NAE_ERA_R-1765_ENSV_Kirjanike_Liit_1945-1955, lk 14
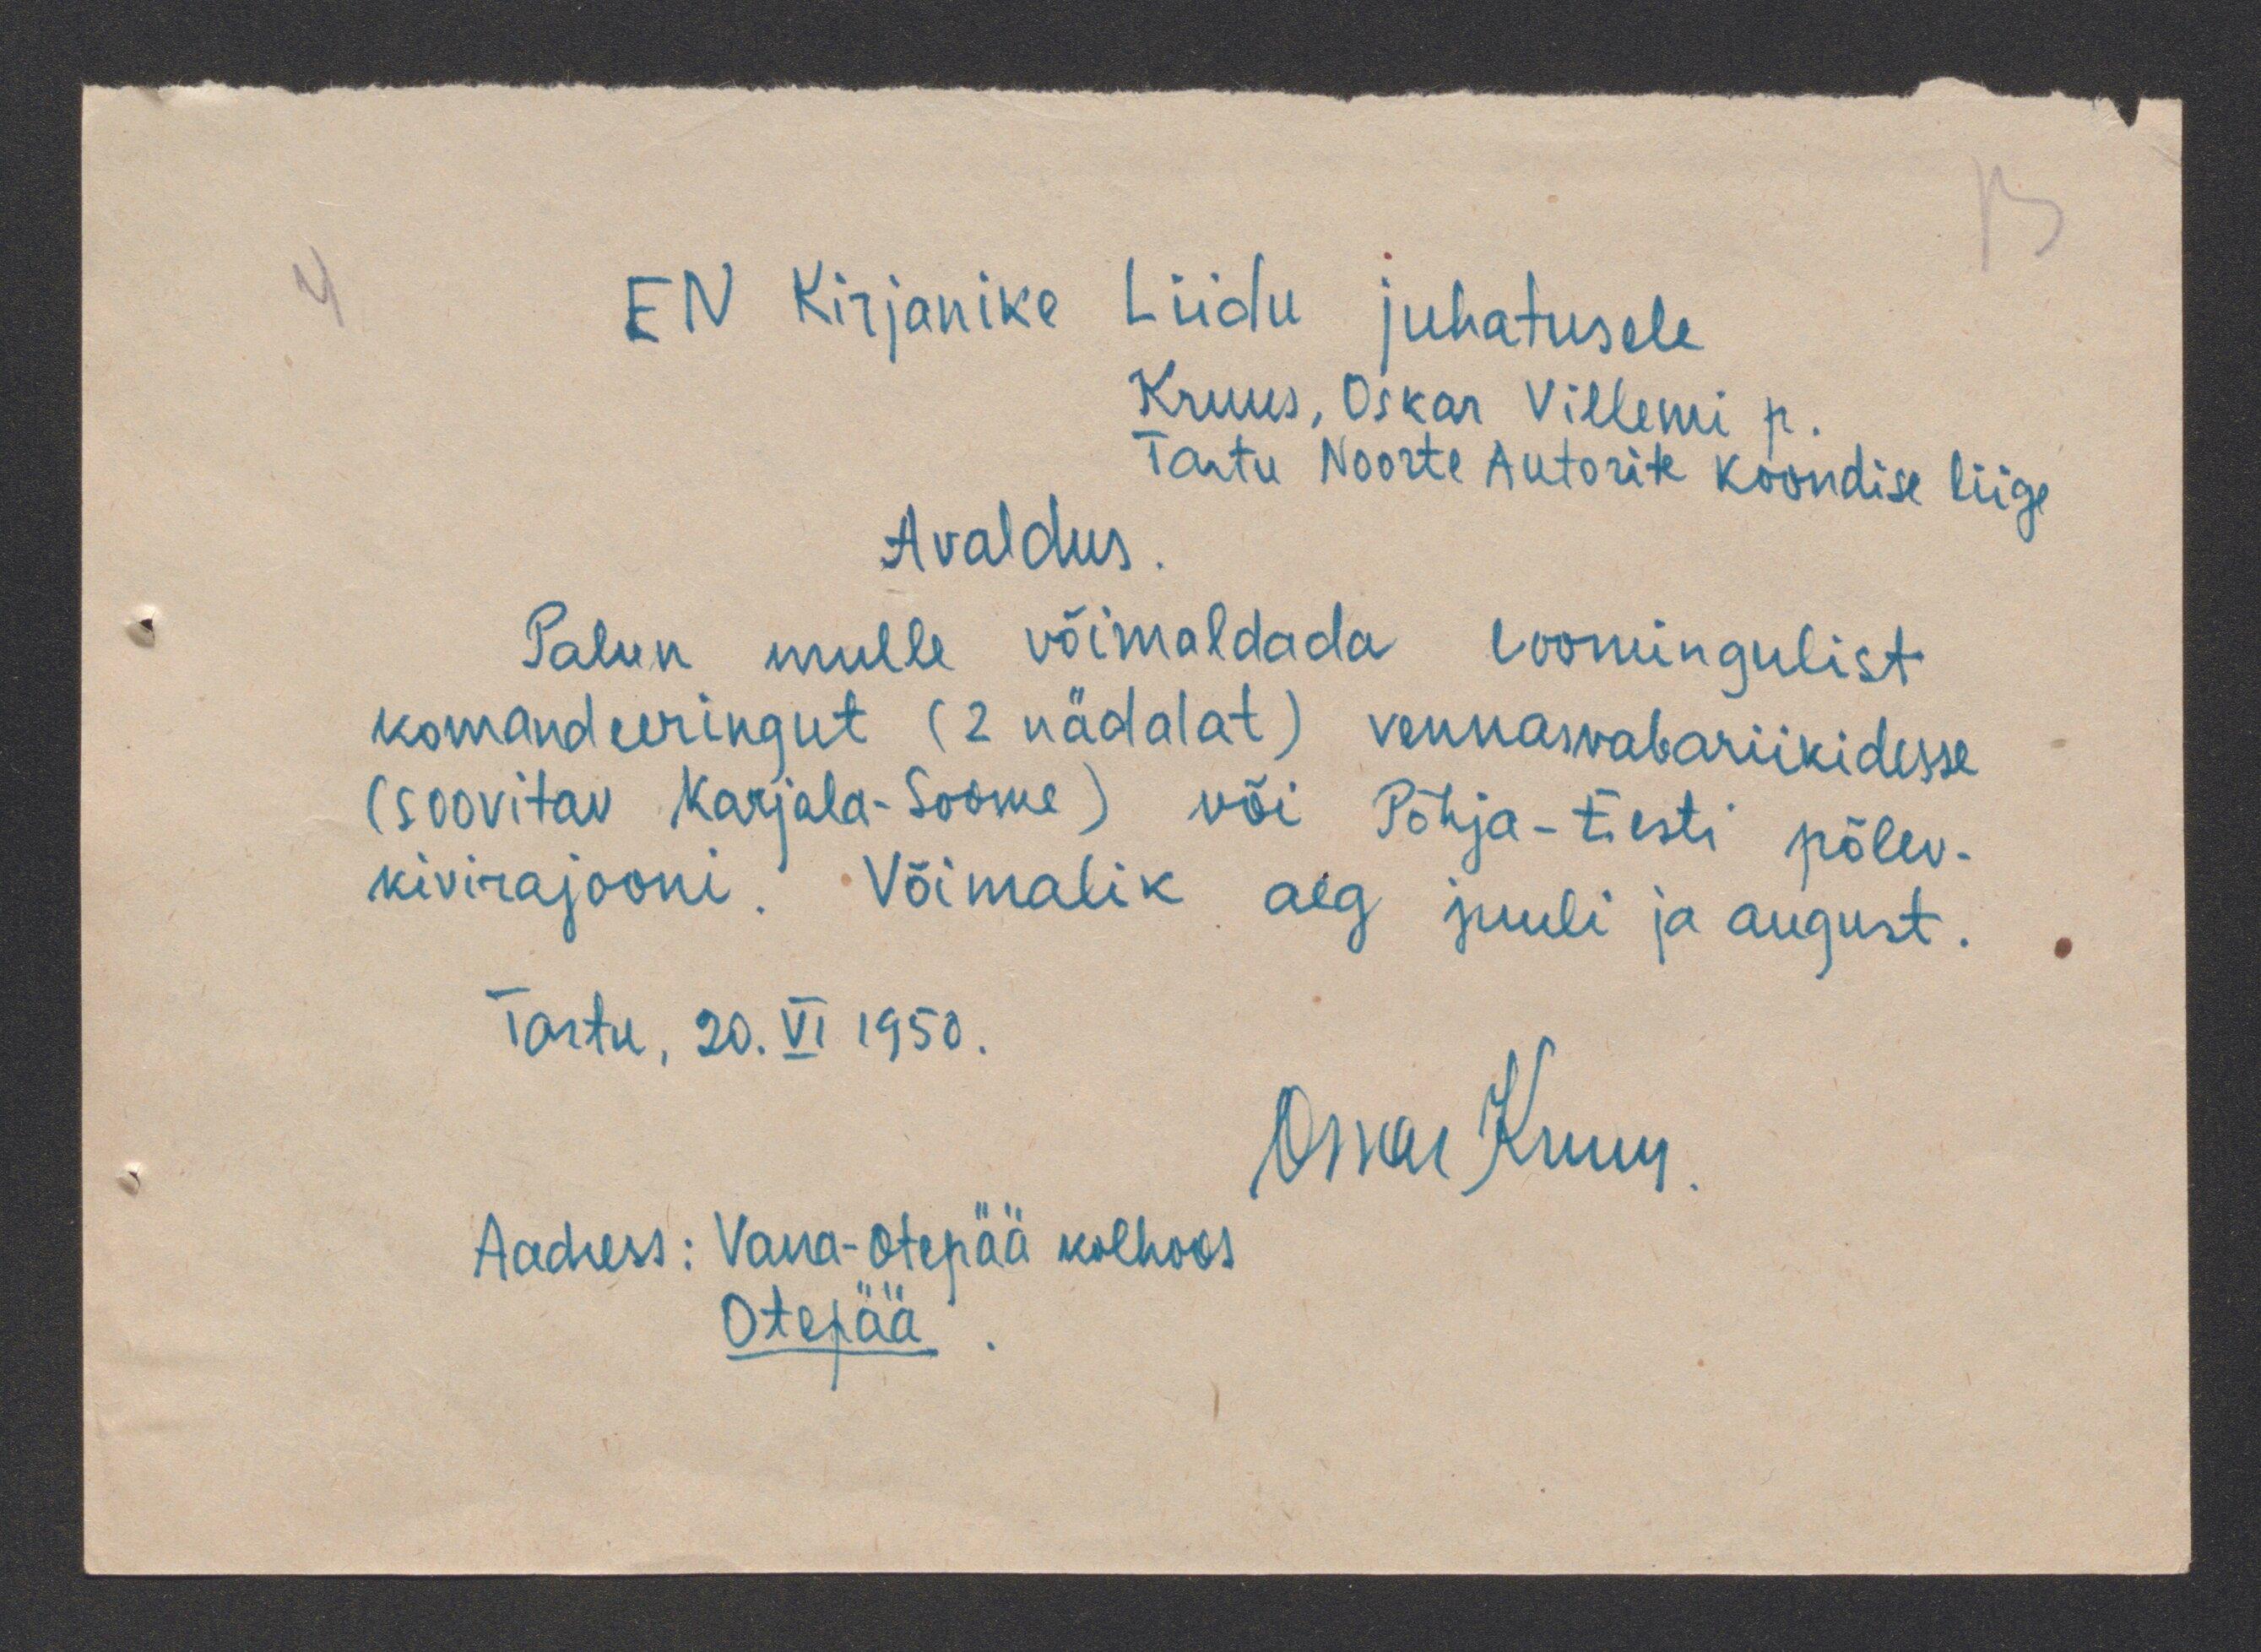
EN Kirjanike Liidu juhatusele
Kruus, Oskar Villemi p.
Tartu Noorte Autorite koondise liige
Avaldus
Palun mulle võimaldada loomingulist
komandeeringut (2 nädalat) vennasvabariikidesse
(soovitav Karjala-Soome) või Põhja-Eesti põlev
kivirajooni. Võimalik aeg juuli ja august
Tartu, 20.VI 1950.
Oskar Kruus
Aadress: Vana-Otepää kolhoos
Otepää